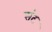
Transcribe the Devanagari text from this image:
संट